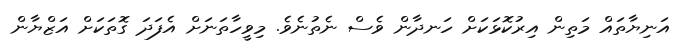
އަނިޔާތައް މަތިން އިރުކޮޅަކަށް ހަނދާން ވެސް ނެތުނެވެ. މިވީހާތަނަށް އެފަދަ ގޮތަކަށް އަޒްޔާން